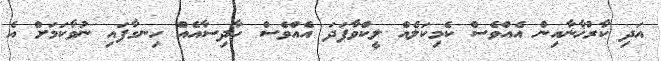
އަދި ކާރުޚާނާއިން އެއްވެސް ކެމިކަލެއް ލީކްވާފަދަ އެއްވެސް ހާދިސާއެއް ހިނގާފައި ނުވާކަމަށް އެ